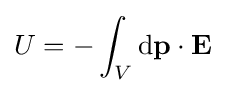
U=-\int _{V}\mathrm {d} \mathbf {p} \cdot \mathbf {E}